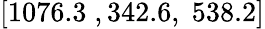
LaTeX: [1076.3\; ,342.6,\; 538.2]